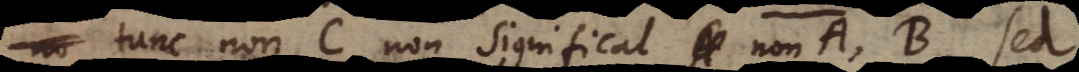
tunc non C non significat non A, B, sed